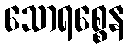
သောရစ္စေန